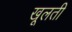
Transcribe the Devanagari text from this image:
खूलती